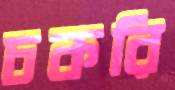
চকরি